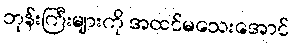
ဘုန်းကြီးများကို အထင်မသေးအောင်